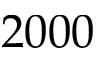
2 0 0 0